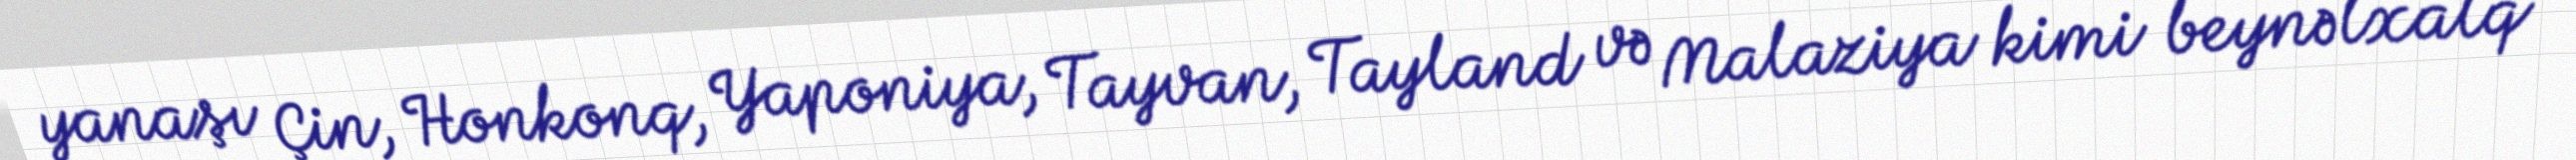
yanaşı Çin, Honkonq, Yaponiya, Tayvan, Tayland və Malaziya kimi beynəlxalq